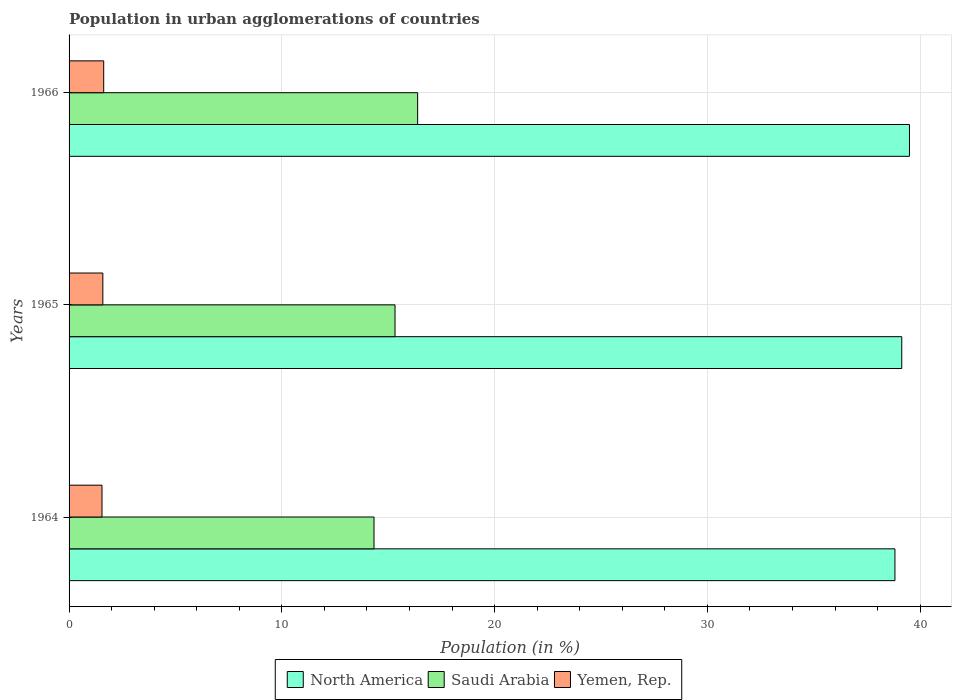
| Years | North America | Saudi Arabia | Yemen, Rep. |
 | --- | --- | --- | --- |
 | 1964 | 38.8 | 14.3 | 1.55 |
 | 1965 | 39.1 | 15.3 | 1.59 |
 | 1966 | 39.5 | 16.4 | 1.63 |